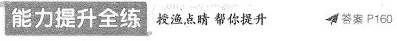
能力提升全练 授渔点睛帮你提升 答案Р160